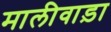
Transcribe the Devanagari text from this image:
मालीवाड़ा